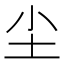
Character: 尘